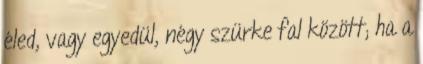
éled, vagy egyedül, négy szürke fal között; ha a